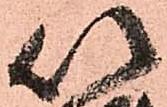
以